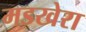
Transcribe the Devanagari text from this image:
मडखेरा